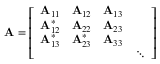
\mathbf { A } = { \left[ \begin{array} { l l l l } { \mathbf { A } _ { 1 1 } } & { \mathbf { A } _ { 1 2 } } & { \mathbf { A } _ { 1 3 } } & { \; } \\ { \mathbf { A } _ { 1 2 } ^ { * } } & { \mathbf { A } _ { 2 2 } } & { \mathbf { A } _ { 2 3 } } & { \; } \\ { \mathbf { A } _ { 1 3 } ^ { * } } & { \mathbf { A } _ { 2 3 } ^ { * } } & { \mathbf { A } _ { 3 3 } } & { \; } \\ { \; } & { \; } & { \; } & { \ddots } \end{array} \right] }